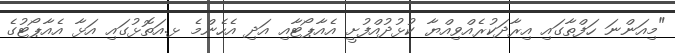
"މިއަންނަ ހަފްތާގައި އިރާދަކުރެއްވިއްޔާ ކުޅުދުއްފުށީ އެއާޕޯޓާއި އަދި އެހެންމެ ޅ.އަތޮޅުގައި އަޅާ އެއާޕޯޓުގެ